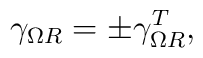
\gamma_{\Omega R} = \pm \gamma_{\Omega R} ^T,